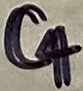
Text: C4